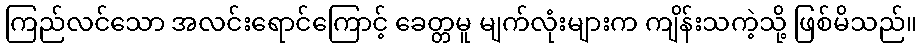
ကြည်လင်သော အလင်းရောင်ကြောင့် ခေတ္တမူ မျက်လုံးများက ကျိန်းသကဲ့သို့ ဖြစ်မိသည်။